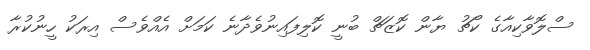
ސްލޮވާކިއާގެ ކޯޗު ޔާން ކޮޒަޗް ބުނީ ކޮލިފައިނުވެދާނެ ކަމަށް އެއްވެސް އިރަކު ހީނުކުރާ